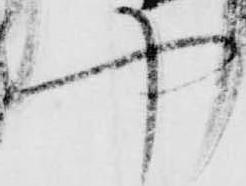
や